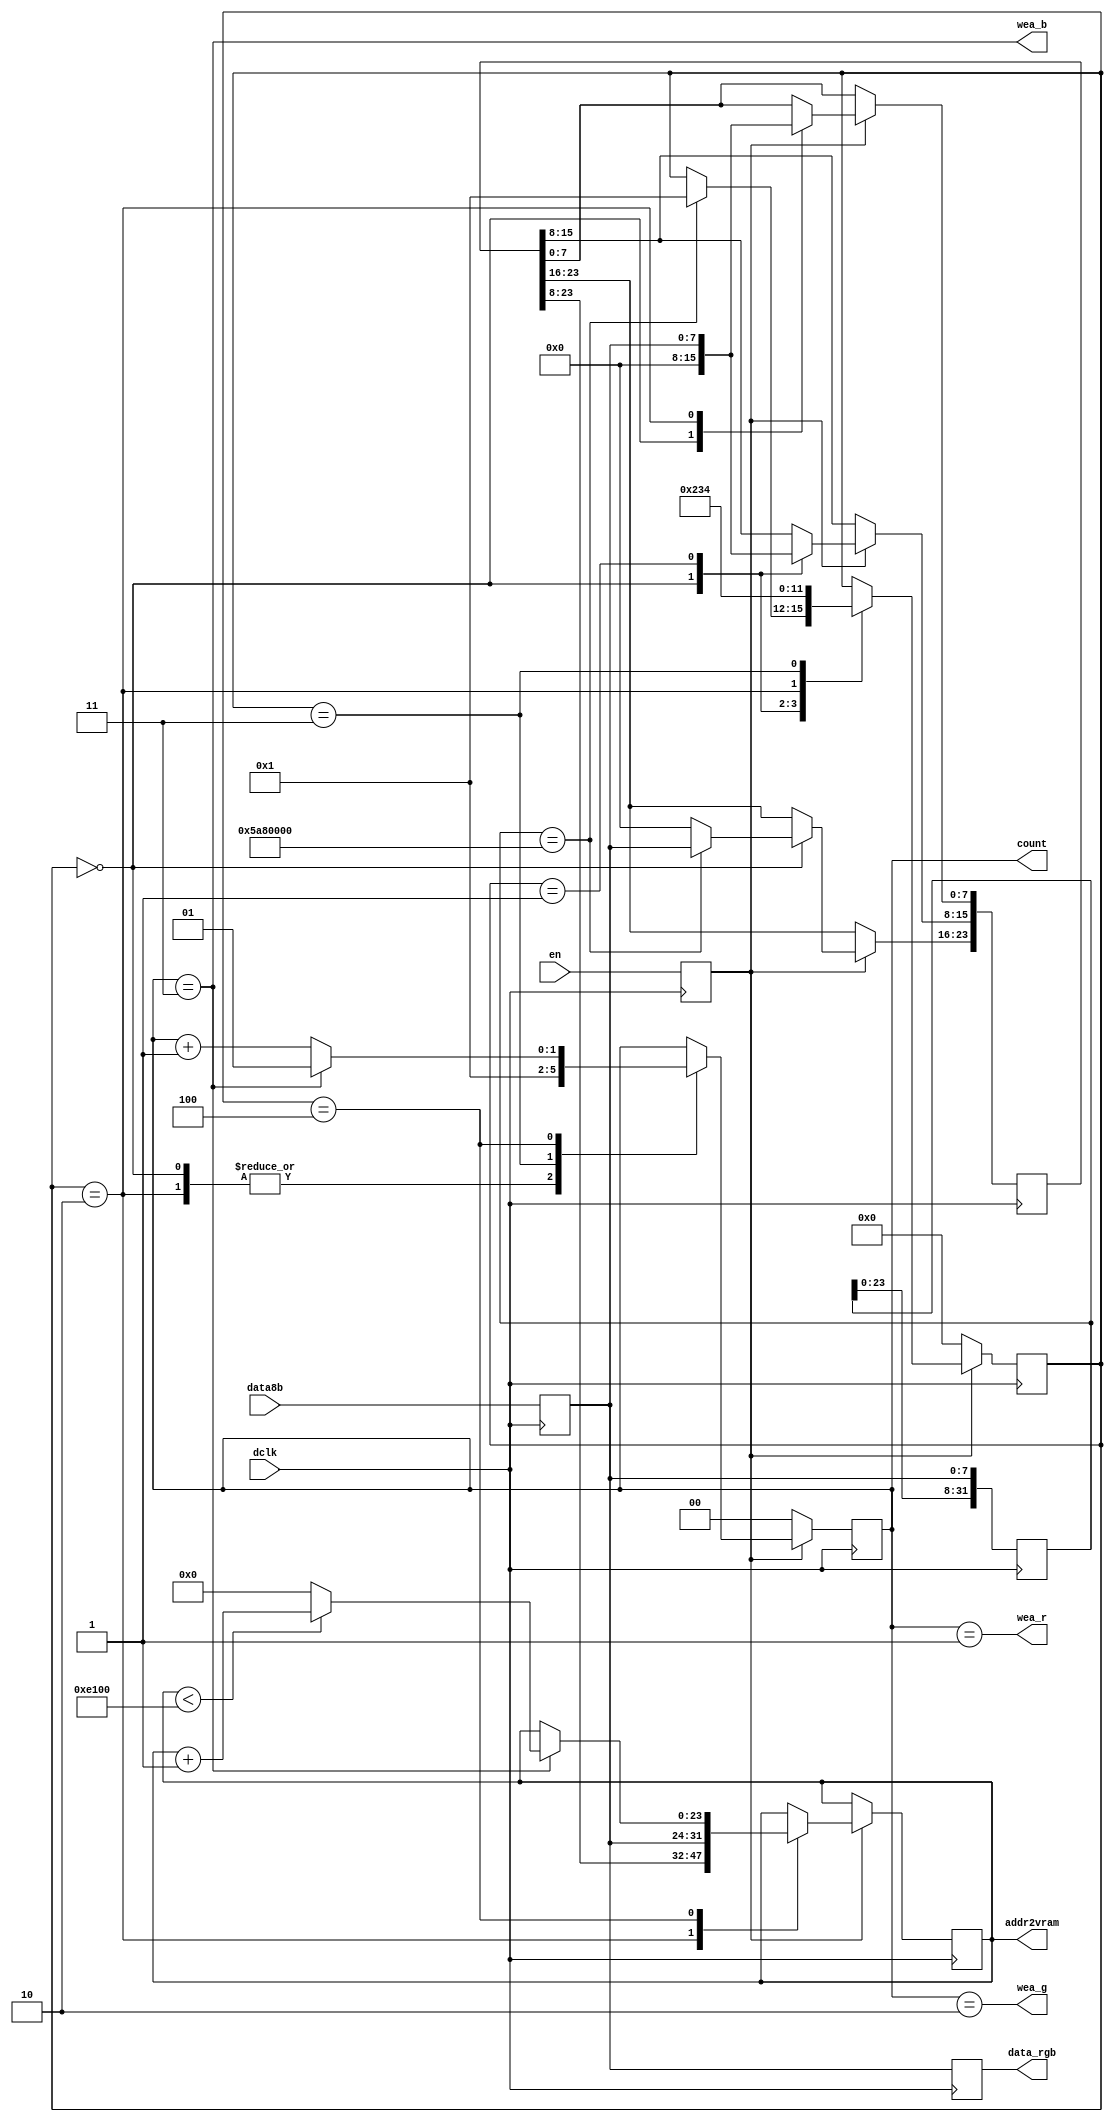
`timescale 1ns / 1ps


module cnv8to24(
    //input wire clk, // pck
    input wire [7:0] data8b,
    input wire en,
    //input wire [20:0] startaddr8b,
    input wire dclk,
    
    output reg [23:0] addr2vram = 0,
    output reg [1:0] count = 0,
    output reg [7:0] data_rgb,//data_r=0,data_g=0,data_b=0,
    output wire wea_r,wea_g,wea_b
);
localparam max_addr = 57600;

reg [23:0] startaddr;
reg [7:0] data8b_reg;
reg en_reg;
reg [1:0] count_before;
reg [31:0] detect;
wire detect_on = (detect == 32'h05a80000);
reg [3:0] state;
localparam state_wait = 0;
localparam state_addr2=1;
localparam state_addr3=2;
localparam state_gotaddr=3;
localparam state_datain=4;

assign wea_r = (count==1);
assign wea_g = (count==2);
assign wea_b = (count==3);

wire [23:0] next_addr2vram = (addr2vram < max_addr) ? addr2vram + 1 : 0;
always @(posedge dclk) begin
// edge alignment
	data8b_reg <= data8b;
	data_rgb <= data8b_reg;
	en_reg <= en;
	detect <= {detect[23:0],data8b_reg};


	if (en_reg) begin
		case (state)
			state_wait: begin
			count <= 0;
			startaddr <= 0;
				if (detect_on) begin
					startaddr[23:16] <= data8b_reg;
					state <= state_addr2;
				end
			end

			state_addr2: begin
				startaddr[15:8] <= data8b_reg;
				state <= state_addr3;
			end

			state_addr3: begin
				startaddr[7:0] <= data8b_reg;
				addr2vram <= {startaddr[23:8],data8b_reg};
				state <= state_gotaddr;
				count <= 0;
				count_before <= 0;
			end
			state_gotaddr: begin
				count_before <= count;
				count <= 1;
				state <= state_datain;
			end
			state_datain: begin
				count_before <= count;
				if (count == 3) begin
					addr2vram <= next_addr2vram;
					count <= 1;
				end
				else begin
					count <= count + 1;
				end
			end
		endcase		
	end
	else begin
		state <= state_wait;
		count <= 0;


	end
	




	

end



/*
reg [23:0] addr8b = 0;

reg [55:0] detecting = 0;
reg isValid = 0;
reg [23:0] startaddr8b = 0;

reg [7:0] pipe0 = 0;

reg [22:0] devided = 0;
reg risen = 0;
reg [11:0] unkcounter = 0;
reg [11:0] count_detect = 0;
reg [18:0] addr24b_pipe = 0;
reg isValid_r = 0;
reg en_r = 0;
reg en_r_r = 0;
always @(posedge dclk) begin
    isValid_r <= isValid;
    pipe0 <= data8b;
    en_r <= en;
    en_r_r <= en_r;


    detecting <= {detecting[47:0],pipe0}; // shift
    
    if (en_r || en || en_r_r) begin
    unkcounter <= unkcounter + 1'b1;
 //   addr24b <= addr24b_pipe;

  
    if (isValid_r || isValid) begin
        data_rgb <= detecting[7:0];
         //addr8b <= addr8b + 1'b1;
                // if (addr8b % 3 == 2) begin
         if (count == 2) begin
              count <= 0;
              addr2vram <= addr2vram + 1;
          end
          else begin
              count <= count + 1;
             // enout <= 0; // ----------------- ayashii.
          end
         
        if (count_detect != 0 && (count_detect + 1 == unkcounter))begin
            risen <= 1;
        end else begin
        //risen <= 0;
        
        end // end of if (count_detect != 0 && (count_detect + 1 == unkcounter))begin
        
        case (count)
            0: begin wea_r<=1;wea_g<=0;wea_b<=0;end
            1: begin wea_r<=0;wea_g<=1;wea_b<=0;end
            2: begin wea_r<=0;wea_g<=0;wea_b<=1;end
            default:begin end
        endcase
    
    end
    else begin // ========!isValid
        if (detecting[31:0] == 32'h04400000) begin
            //addr8b <= detecting[55:32];
            count_detect <= unkcounter;
            isValid <= 1;
            startaddr8b <= detecting[55:32];
            addr2vram <= detecting[55:32];
        end
        //addr8b <= startaddr8b;
        count <= 0;
        //enout <= 0;
        
    end
   
   
    end// end (en)
    else begin
        isValid <= 0;
        unkcounter <= 0;
        count_detect <= 0;
        risen <= 0;
        count <= 0;
        addr2vram <= 0;
        wea_r <= 0;
        wea_g <= 0;
        wea_b <= 0;
//        enout <= 0;
    end 

end
*/
endmodule